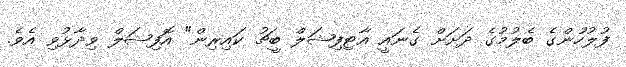
ފުލުހުންގެ ބެލުމުގެ ދަށަށް ގެނައީ އާޓިފިޝަލް ބީޗު ކައިރިން" އޮފިޝަލް ވިދާޅުވި އެވެ.